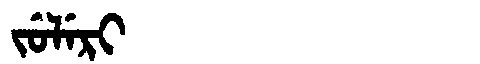
Manchu: ᠵᡠᠯᡝᡵᡳ
Romanization: JULERI